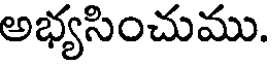
అభ్యసించుము.